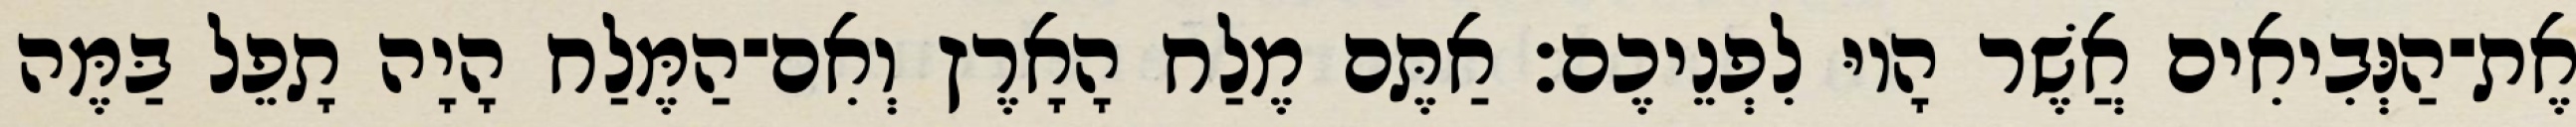
אֶת־הַנְּבִיאִים אֲשֶׁר הָיוּ לִפְנֵיכֶם׃ אַתֶּם מֶלַח הָאָרֶץ וְאִם־הַמֶּלַח הָיָה תָפֵל בַּמֶּה